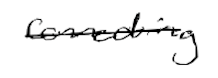
Text: connecting
Cross-out: single-line
Writing tool: digital_black